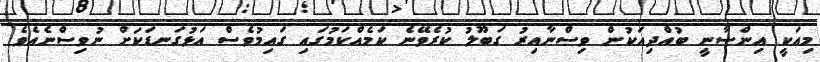
މިއަކީ އިންސާނީ ބުއްދިއަކުން ވިސްނާއިރު ގަބޫލު ކުރެވޭނެ ކަމެއްކަމުގައި ގައިމުވެސް އަޅުގަނޑަކަށް ނުވިސްނެއެވެ.